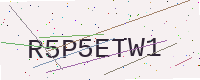
Text: R5P5ETW1